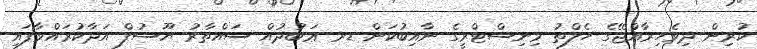
ކުރިން ދިވެހިރާއްޖޭގެ ހެލްތު މިނިސްޓްރީގެ ނާއިބުކަން ޑރ ޢަބުދުއް ސައްތާރު ޔޫސުފް އަދާކުރައްވާފައި